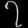
Digit: ၇